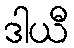
ဒါယီ